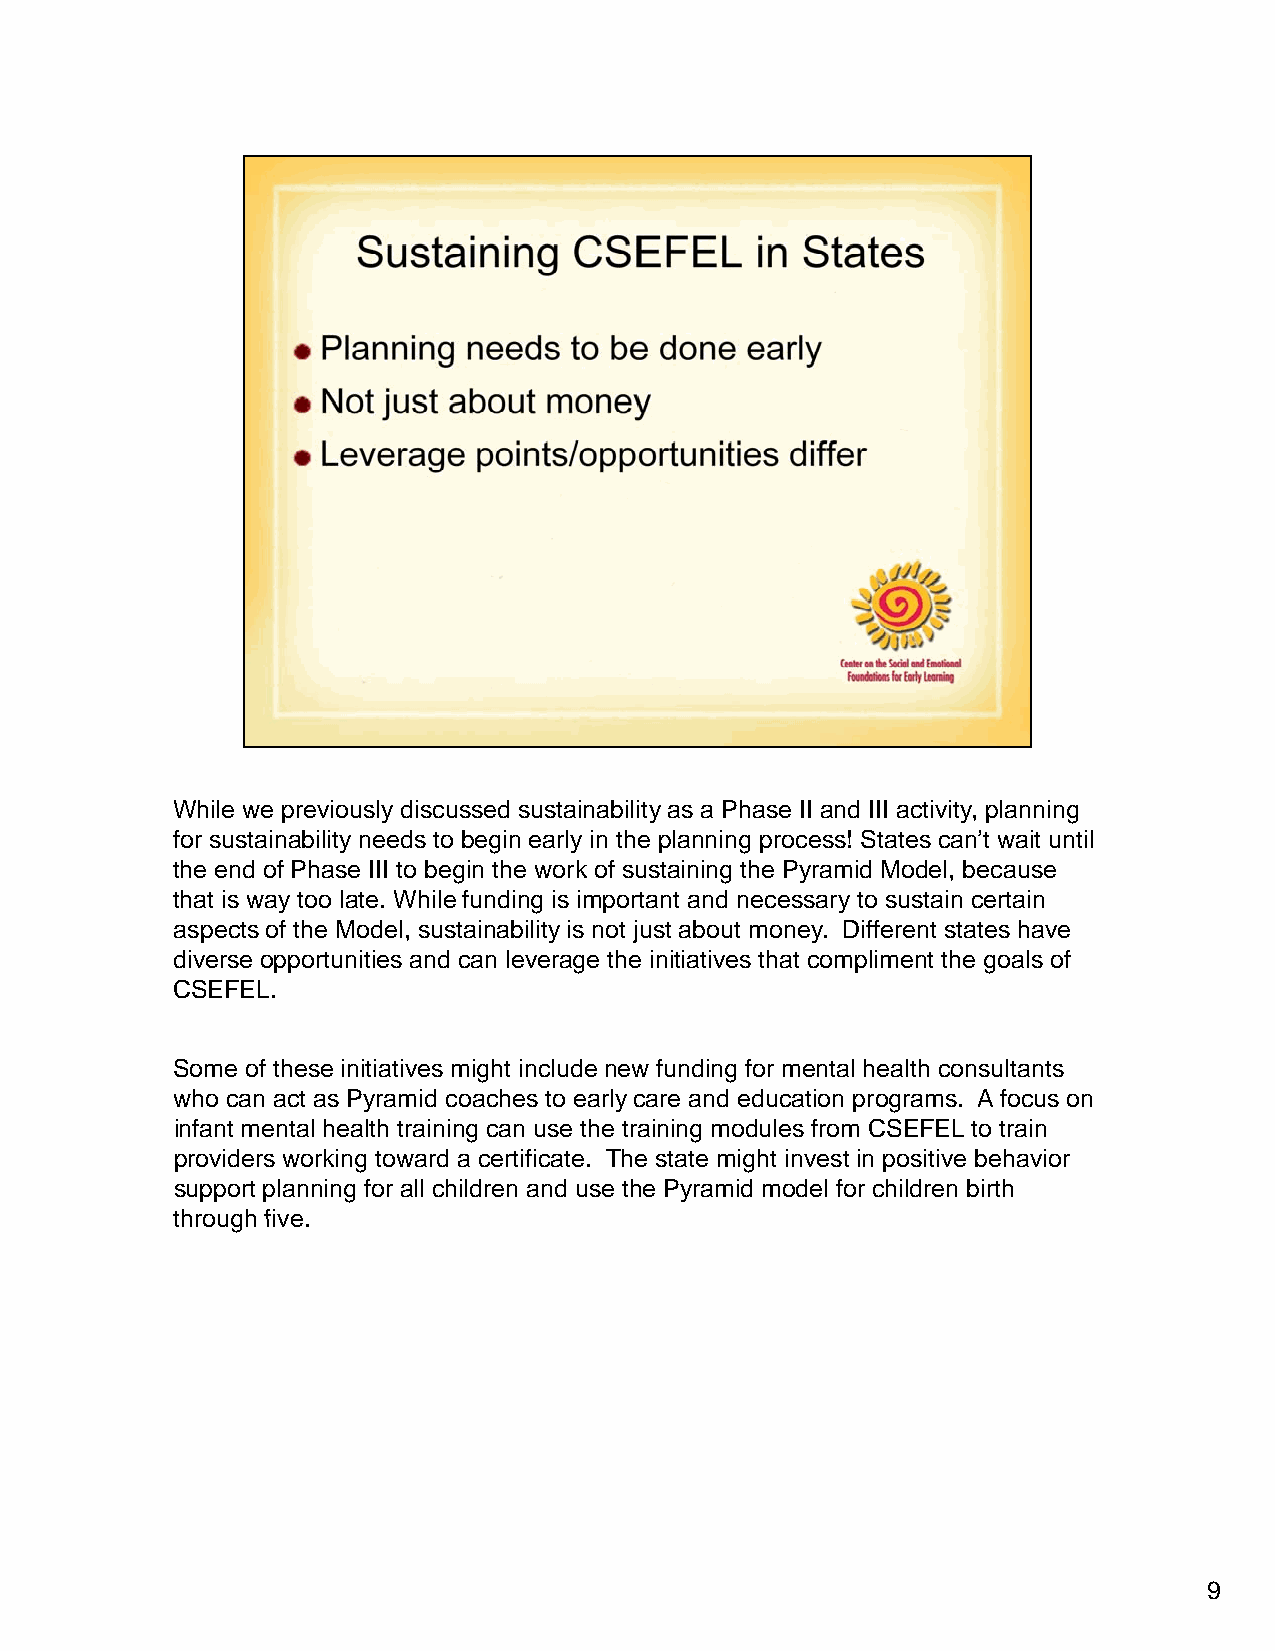
While we previously discussed sustainability as a Phase II and III activity, planning
 for sustainability needs to begin early in the planning process! States can’t wait until
 the end of Phase III to begin the work of sustaining the Pyramid Model, because
 that is way too late. While funding is important and necessary to sustain certain
 aspects of the Model, sustainability is not just about money. Different states have
 diverse opportunities and can leverage the initiatives that compliment the goals of
 CSEFEL.
 Some of these initiatives might include new funding for mental health consultants
 who can act as Pyramid coaches to early care and education programs. A focus on
 infant mental health training can use the training modules from CSEFEL to train
 providers working toward a certificate. The state might invest in positive behavior
 support planning for all children and use the Pyramid model for children birth
 tthhrroouugghh ffiivvee.
 9